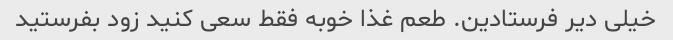
خیلی دیر فرستادین. طعم غذا خوبه فقط سعی کنید زود بفرستید